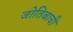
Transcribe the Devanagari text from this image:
जोतिबाची